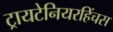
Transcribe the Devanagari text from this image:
ट्रायटेनियरहिंचस